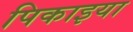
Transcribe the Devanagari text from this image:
पिकाइया